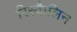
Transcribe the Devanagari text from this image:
रिस्कैलिन